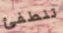
تنطفئ